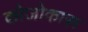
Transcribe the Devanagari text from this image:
कोजोकारू